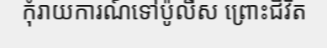
កុំរាយការណ៍ទៅប៉ូលីស ព្រោះជីវិត